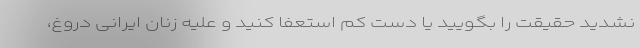
نشدید حقیقت را بگویید یا دست کم استعفا کنید و علیه زنان ایرانی دروغ،